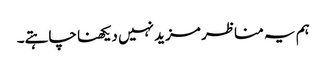
ہم یہ مناظر مزید نہیں دیکھنا چاہتے۔